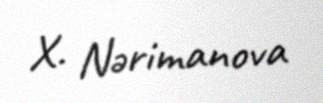
X. Nərimanova